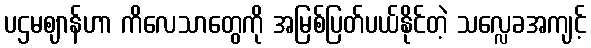
ပဌမဈာန်ဟာ ကိလေသာတွေကို အမြစ်ပြတ်ပယ်နိုင်တဲ့ သလ္လေခအကျင့်